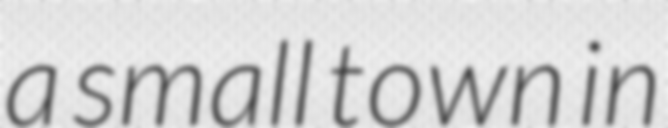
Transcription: a small town in